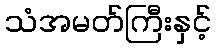
သံအမတ်ကြီးနှင့်